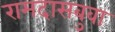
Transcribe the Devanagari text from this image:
रामदासबुवा